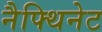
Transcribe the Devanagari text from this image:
नैफ्थिनेट